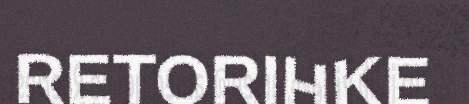
RETORIHKE